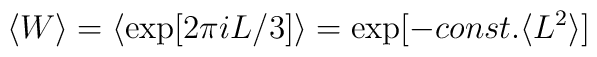
\langle W \rangle = \langle \exp[2\pi iL/3] \rangle= \exp[-const.\langle L^2 \rangle]